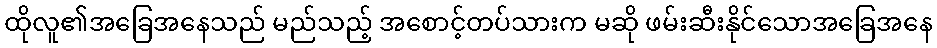
ထိုလူ၏အခြေအနေသည် မည်သည့် အစောင့်တပ်သားက မဆို ဖမ်းဆီးနိုင်သောအခြေအနေ